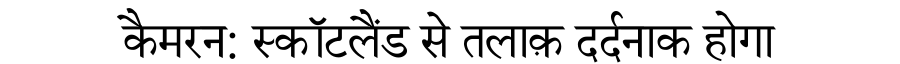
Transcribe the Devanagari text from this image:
कैमरन: स्कॉटलैंड से तलाक़ दर्दनाक होगा